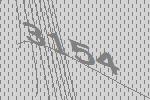
3154